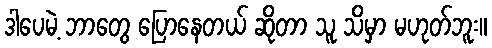
ဒါပေမဲ့ ဘာတွေ ပြောနေတယ် ဆိုတာ သူ သိမှာ မဟုတ်ဘူး။